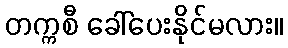
တက္ကစီ ခေါ်ပေးနိုင်မလား။